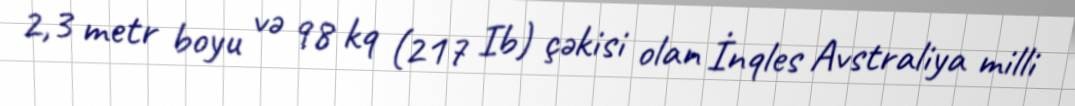
2,3 metr boyu və 98 kq (217 Ib) çəkisi olan İnqles Avstraliya milli